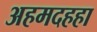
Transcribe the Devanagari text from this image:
अहमदहहा